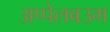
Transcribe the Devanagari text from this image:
अप्पेलबउम